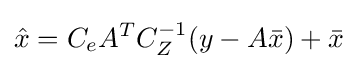
{\hat {x}}=C_{e}A^{T}C_{Z}^{-1}(y-A{\bar {x}})+{\bar {x}}